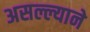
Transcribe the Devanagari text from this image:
असल्ल्याने